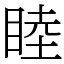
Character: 睦